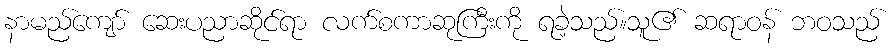
နာမည်ကျော် ဆေးပညာဆိုင်ရာ လက်စကာဆုကြီးကို ရခဲ့သည်။သူ၏ ဆရာဝန် ဘဝသည်